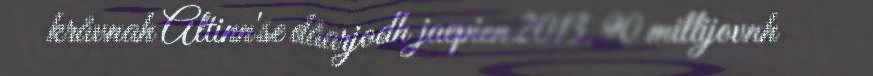
kråvnah Altinn'se dåarjodh jaepien 2013. 90 millijovnh